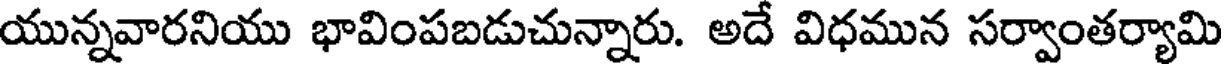
యున్నవారనియు భావింపబడుచున్నారు. అదే విధమున సర్వాంతర్యామి